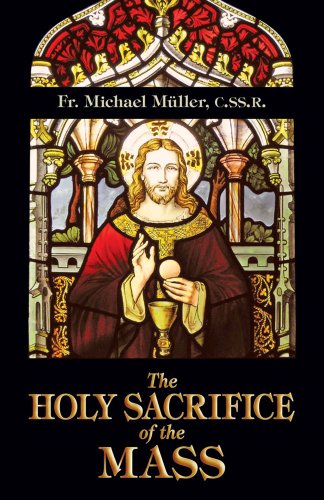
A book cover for The Holy Sacrifice of the Mass; Mueller; Christian Books & Bibles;